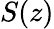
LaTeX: S(z)